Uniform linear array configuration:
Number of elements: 32
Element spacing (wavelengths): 0.5
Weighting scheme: hann
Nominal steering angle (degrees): -15
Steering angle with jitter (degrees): -13.64
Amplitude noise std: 0.05
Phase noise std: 0.05

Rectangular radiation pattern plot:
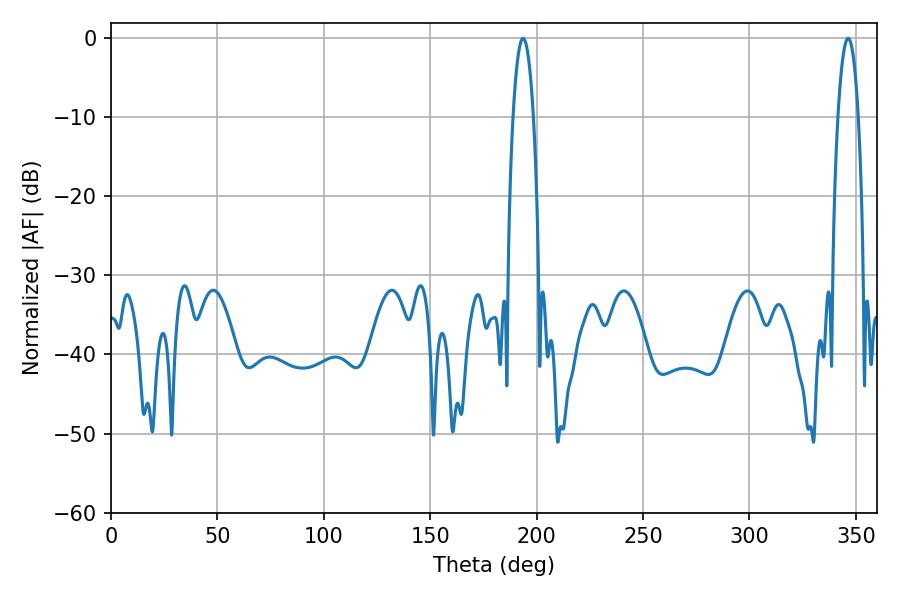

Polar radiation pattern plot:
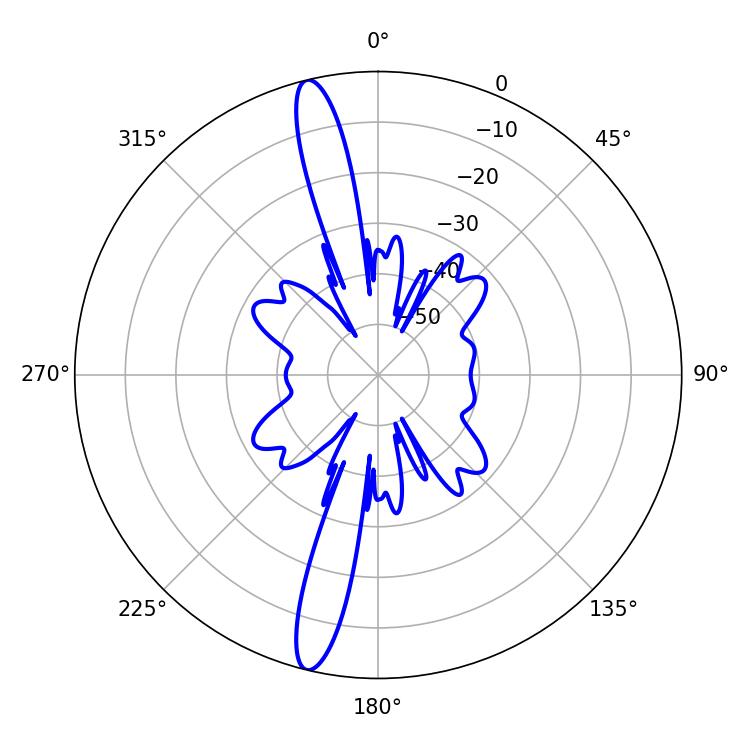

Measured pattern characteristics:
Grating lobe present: FALSE
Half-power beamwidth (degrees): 5.4
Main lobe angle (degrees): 346.32